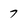
Character: 7